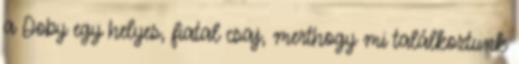
a Doby egy helyes, fiatal csaj, merthogy mi találkoztunk